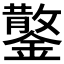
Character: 𮣂